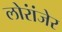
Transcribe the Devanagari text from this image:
लोरांंजेर